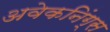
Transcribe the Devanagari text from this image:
अवेकनिंग्स